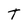
Character: T